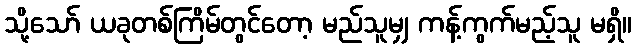
သို့သော် ယခုတစ်ကြိမ်တွင်တော့ မည်သူမျှ ကန့်ကွက်မည့်သူ မရှိ။